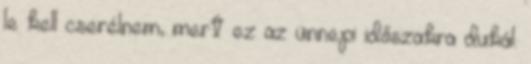
le kell cserélnem, mert ez az ünnepi időszakra dukál.